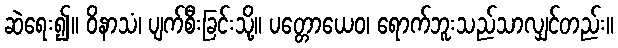
ဆဲရေး၍။ ဝိနာသံ၊ ပျက်စီးခြင်းသို့။ ပတ္တောယေဝ၊ ရောက်ဘူးသည်သာလျှင်တည်း။